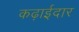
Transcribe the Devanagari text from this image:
कढ़ाईदार